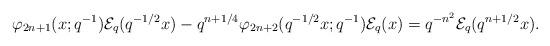
LaTeX: \begin{align*} \varphi_{2n+1}(x;q^{-1})\mathcal{E}_{q}(q^{-1/2}x)-q^{n+1/4}\varphi_{2n+2}(q^{-1/2}x;q^{-1})\mathcal{E}_{q}(x)=q^{-n^{2}}\mathcal{E}_{q}(q^{n+1/2}x). \end{align*}